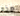
هذه